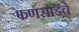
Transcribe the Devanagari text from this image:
फणसाडचे